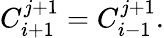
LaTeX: C_{i+1}^{j+1}=C_{i-1}^{j+1}.